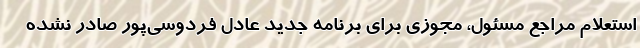
استعلام مراجع مسئول، مجوزی برای برنامه جدید عادل فردوسی‌پور صادر نشده